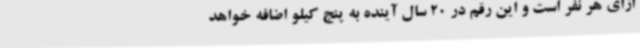
ازای هر نفر است و این رقم در 20 سال آینده به پنج کیلو اضافه خواهد